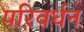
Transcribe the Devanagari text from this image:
परिवर्धन